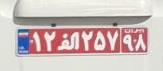
۱۲ا۲۵۷۹۸